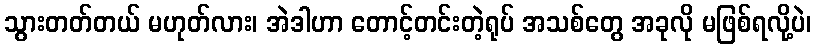
သွားတတ်တယ် မဟုတ်လား၊ အဲဒါဟာ တောင့်တင်းတဲ့ရုပ် အသစ်တွေ အခုလို မဖြစ်ရလို့ပဲ၊